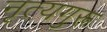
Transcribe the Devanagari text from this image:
नृत्यगुरू